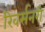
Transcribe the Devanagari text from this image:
रिवर्सनरी